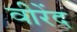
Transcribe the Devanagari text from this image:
वीरेंद